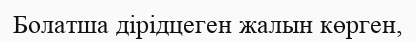
Болатша дірідцеген жалын көрген,